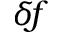
\delta \! f